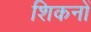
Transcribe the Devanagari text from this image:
शिकनों